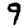
Digit: 9